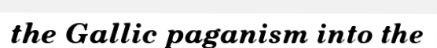
the Gallic paganism into the